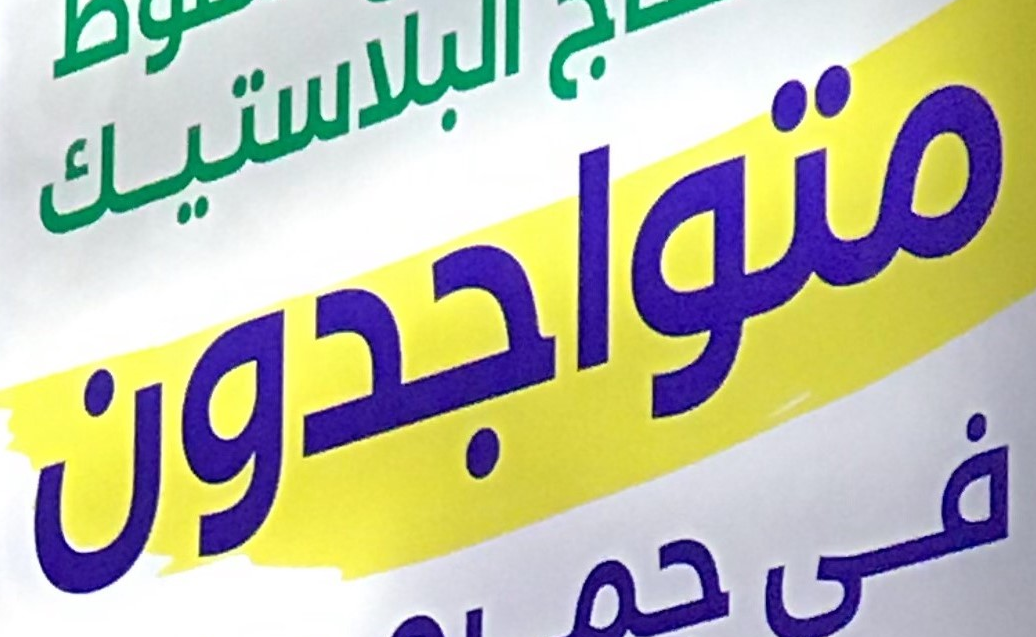
متواجدون